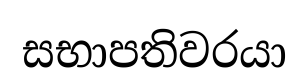
සභාපතිවරයා